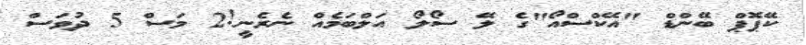
ކޭޕޮޕް ބޭންޑް "އޭކްސްއޯ"ގެ ލޭ ސޯލޯ އަލްބަމެއް ނެރެނީ!2 މަސް 5 ދުވަސް